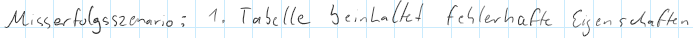
Misserfolgsszenario: 1. Tabelle beinhaltet fehlerhafte Eigenschaften